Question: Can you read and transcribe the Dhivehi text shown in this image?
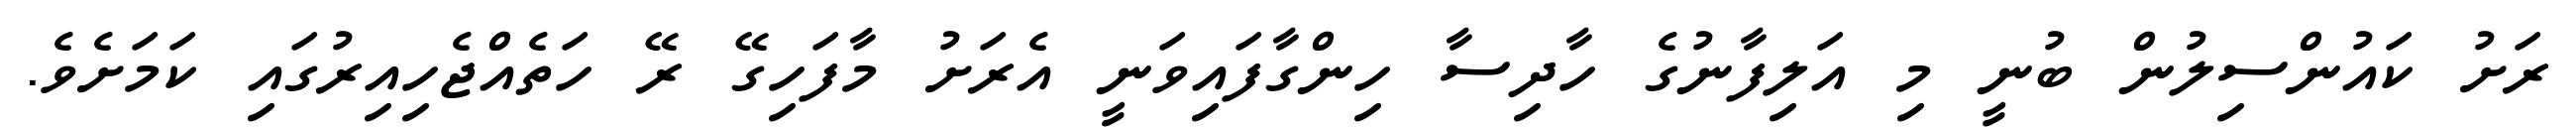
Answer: ރަށު ކައުންސިލުން ބުނީ މި އަލިފާނުގެ ހާދިސާ ހިންގާފައިވަނީ އެރަށު މާފަހިގޭ ރޭ ހަތެއްޖެހިއިރުގައި ކަމަށެވެ.